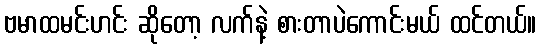
ဗမာထမင်းဟင်း ဆိုတော့ လက်နဲ့ စားတာပဲကောင်းမယ် ထင်တယ်။